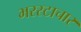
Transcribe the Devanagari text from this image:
भरस्टाचार